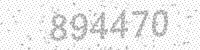
Solution: 894470